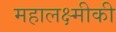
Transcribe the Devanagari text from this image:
महालक्ष्मीकी